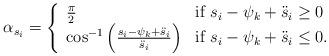
LaTeX: \begin{align*}\alpha_{s_i} = \left\{\begin{array}{ll}\frac{\pi}{2} & \mbox{if $s_i-\psi_k +\ddot{s}_i \ge 0 $} \\\cos^{-1}\left( \frac{s_i -\psi_k +\ddot{s}_i}{\ddot{s}_i} \right) & \mbox{if $s_i-\psi_k +\ddot{s}_i \le 0 $}.\end{array}\right.\end{align*}